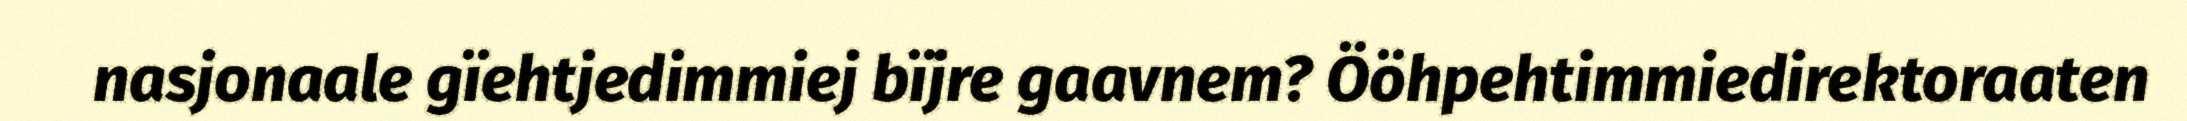
nasjonaale gïehtjedimmiej bïjre gaavnem? Ööhpehtimmiedirektoraaten